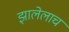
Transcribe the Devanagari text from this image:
झालेलाच